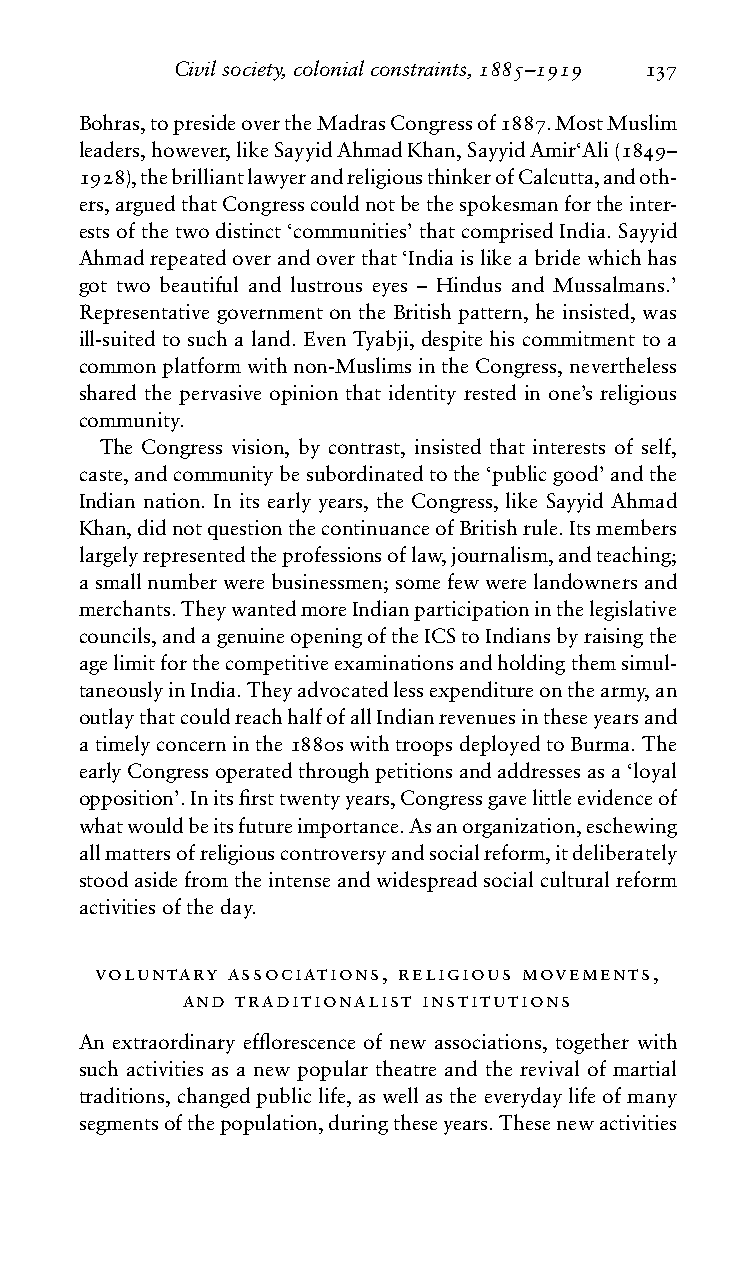
Civilsociety,colonialconstraints,1885–1919 137
 Bohras,topresideovertheMadrasCongressof1887.MostMuslim
 leaders,however,likeSayyidAhmadKhan,SayyidAmir‘Ali(1849–
 1928),thebrilliantlawyerandreligiousthinkerofCalcutta,andoth-
 ers,arguedthatCongresscouldnotbethespokesmanfortheinter-
 estsofthetwodistinct‘communities’thatcomprisedIndia.Sayyid
 Ahmadrepeatedoverandoverthat‘Indiaislikeabridewhichhas
 got two beautiful and lustrous eyes – Hindus and Mussalmans.’
 Representative government on the British pattern, he insisted, was
 ill-suited to such a land. Even Tyabji, despite his commitment to a
 commonplatformwithnon-MuslimsintheCongress,nevertheless
 shared the pervasive opinion that identity rested in one’s religious
 community.
 The Congress vision, by contrast, insisted that interests of self,
 caste,andcommunitybesubordinatedtothe‘publicgood’andthe
 Indian nation. In its early years, the Congress, like Sayyid Ahmad
 Khan,didnotquestionthecontinuanceofBritishrule.Itsmembers
 largelyrepresentedtheprofessionsoflaw,journalism,andteaching;
 asmallnumberwerebusinessmen;somefewwerelandownersand
 merchants.TheywantedmoreIndianparticipationinthelegislative
 councils,andagenuineopeningoftheICStoIndiansbyraisingthe
 agelimitforthecompetitiveexaminationsandholdingthemsimul-
 taneouslyinIndia.Theyadvocatedlessexpenditureonthearmy,an
 outlaythatcouldreachhalfofallIndianrevenuesintheseyearsand
 atimelyconcerninthe1880swithtroopsdeployedtoBurma.The
 earlyCongressoperatedthroughpetitionsandaddressesasa‘loyal
 opposition’.Initsfirsttwentyyears,Congressgavelittleevidenceof
 whatwouldbeitsfutureimportance.Asanorganization,eschewing
 allmattersofreligiouscontroversyandsocialreform,itdeliberately
 stoodasidefromtheintenseandwidespreadsocialculturalreform
 activitiesoftheday.
 voluntary associations, religious movements,
 and traditionalist institutions
 An extraordinary efflorescence of new associations, together with
 such activities as a new popular theatre and the revival of martial
 traditions,changedpubliclife,aswellastheeverydaylifeofmany
 segmentsofthepopulation,duringtheseyears.Thesenewactivities